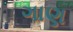
ગાણ